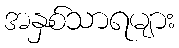
အနှစ်သာရများ